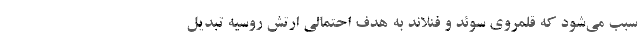
سبب می‌شود که قلمروی سوئد و فنلاند به هدف احتمالی ارتش روسیه تبدیل